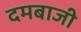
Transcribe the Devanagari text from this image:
दमबाजी